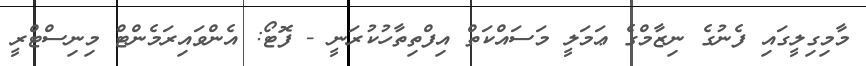
މާމިގިލީގައި ފެނުގެ ނިޒާމްގެ ޢަމަލީ މަސައްކަތް އިފްތިތާހުކުރަނީ - ފޮޓޯ: އެންވައިރަމެންޓް މިނިސްޓްރީ